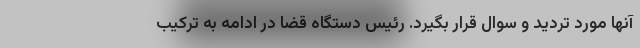
آنها مورد تردید و سوال قرار بگیرد. رئیس دستگاه قضا در ادامه به ترکیب